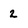
Character: 2